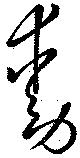
動